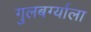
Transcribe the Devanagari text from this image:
गुलबर्ग्याला